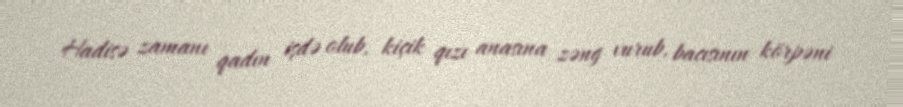
Hadisə zamanı qadın işdə olub, kiçik qızı anasına zəng vurub, bacısının körpəni